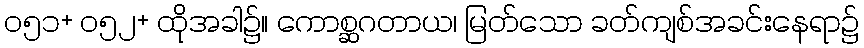
၀၅၁+ ၀၅၂+ ထိုအခါ၌။ ကောစ္ဆဂတာယ၊ မြတ်သော ခတ်ကျစ်အခင်းနေရာ၌